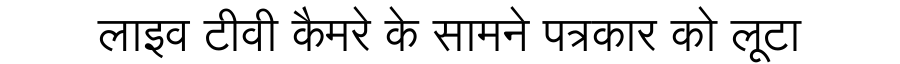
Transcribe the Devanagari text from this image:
लाइव टीवी कैमरे के सामने पत्रकार को लूटा